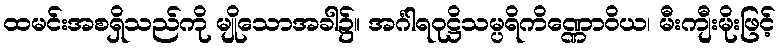
ထမင်းအစရှိသည်ကို မျိုသောအခါ၌။ အင်္ဂါရဝုဋ္ဌိသမ္ပရိကိဏ္ဏောဝိယ၊ မီးကျီးမိုးဖြင့်